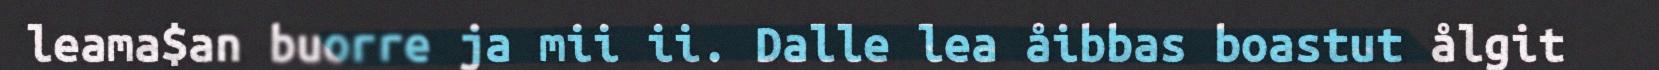
leama$an buorre ja mii ii. Dalle lea åibbas boastut ålgit